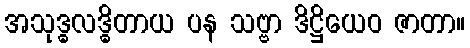
အသုဒ္ဓလဒ္ဓိတာယ ပန သဗ္ဗာ ဒိဋ္ဌိယေဝ ဇာတာ။